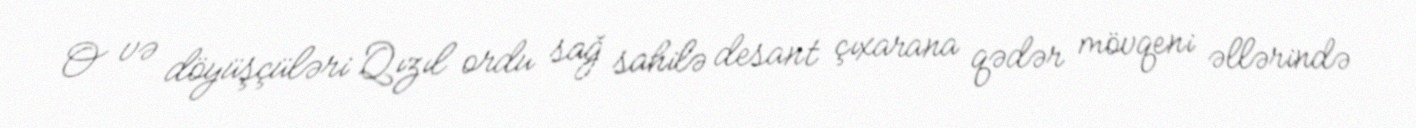
O və döyüşçüləri Qızıl ordu sağ sahilə desant çıxarana qədər mövqeni əllərində